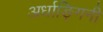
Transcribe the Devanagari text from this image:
अर्धाङ्गिनी